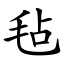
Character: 毡